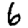
Digit: 6